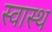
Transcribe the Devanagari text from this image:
स्‍वास्‍थ